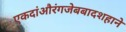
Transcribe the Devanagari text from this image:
एकदांऔरंगजेबबादशहाने